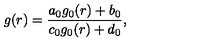
g ( r ) = { \frac { a _ { 0 } g _ { 0 } ( r ) + b _ { 0 } } { c _ { 0 } g _ { 0 } ( r ) + d _ { 0 } } } ,